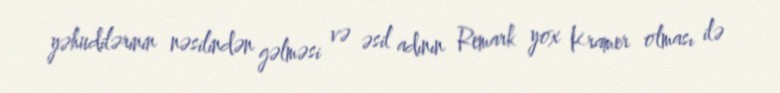
yəhudilərinin nəsilindən gəlməsi və əsil adının Remark yox Kramer olması ilə